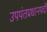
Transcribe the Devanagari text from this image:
उपपंतप्रधानपदी